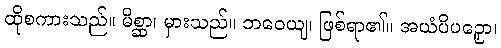
ထိုစကားသည်။ မိစ္ဆာ၊ မှားသည်။ ဘဝေယျ၊ ဖြစ်ရာ၏။ အယံပိပဉှော၊